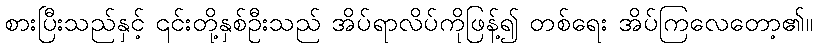
စားပြီးသည်နှင့် ၎င်းတို့နှစ်ဦးသည် အိပ်ရာလိပ်ကိုဖြန့်၍ တစ်ရေး အိပ်ကြလေတော့၏။